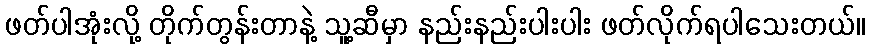
ဖတ်ပါအုံးလို့ တိုက်တွန်းတာနဲ့ သူ့ဆီမှာ နည်းနည်းပါးပါး ဖတ်လိုက်ရပါသေးတယ်။